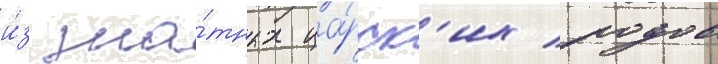
и́з зна́тных ца́рск'их родов